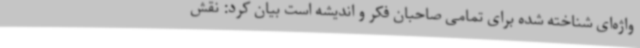
واژه‌ای شناخته شده برای تمامی صاحبان فکر و اندیشه است بیان کرد: نقش